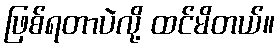
ဖြစ်ရတာပဲလို့ ထင်မိတယ်။